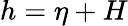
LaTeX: h=\eta+H